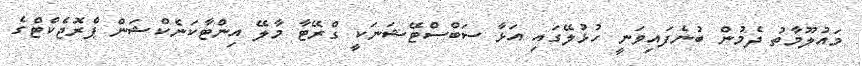
މައުލޫމާތު ދެމުން ބުނެފައިވަނީ ހުޅުލޭގައި އަޅާ ސަބްސްޓޭޝަނަކީ ގްރޭޓާ މާލޭ އިންޓާކަނެކްޝަން ޕްރޮޖެކްޓްގެ